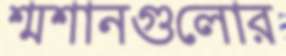
শ্মশানগুলোর